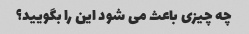
چه چیزی باعث می شود این را بگویید؟